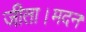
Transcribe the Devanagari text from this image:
जीता।मदन